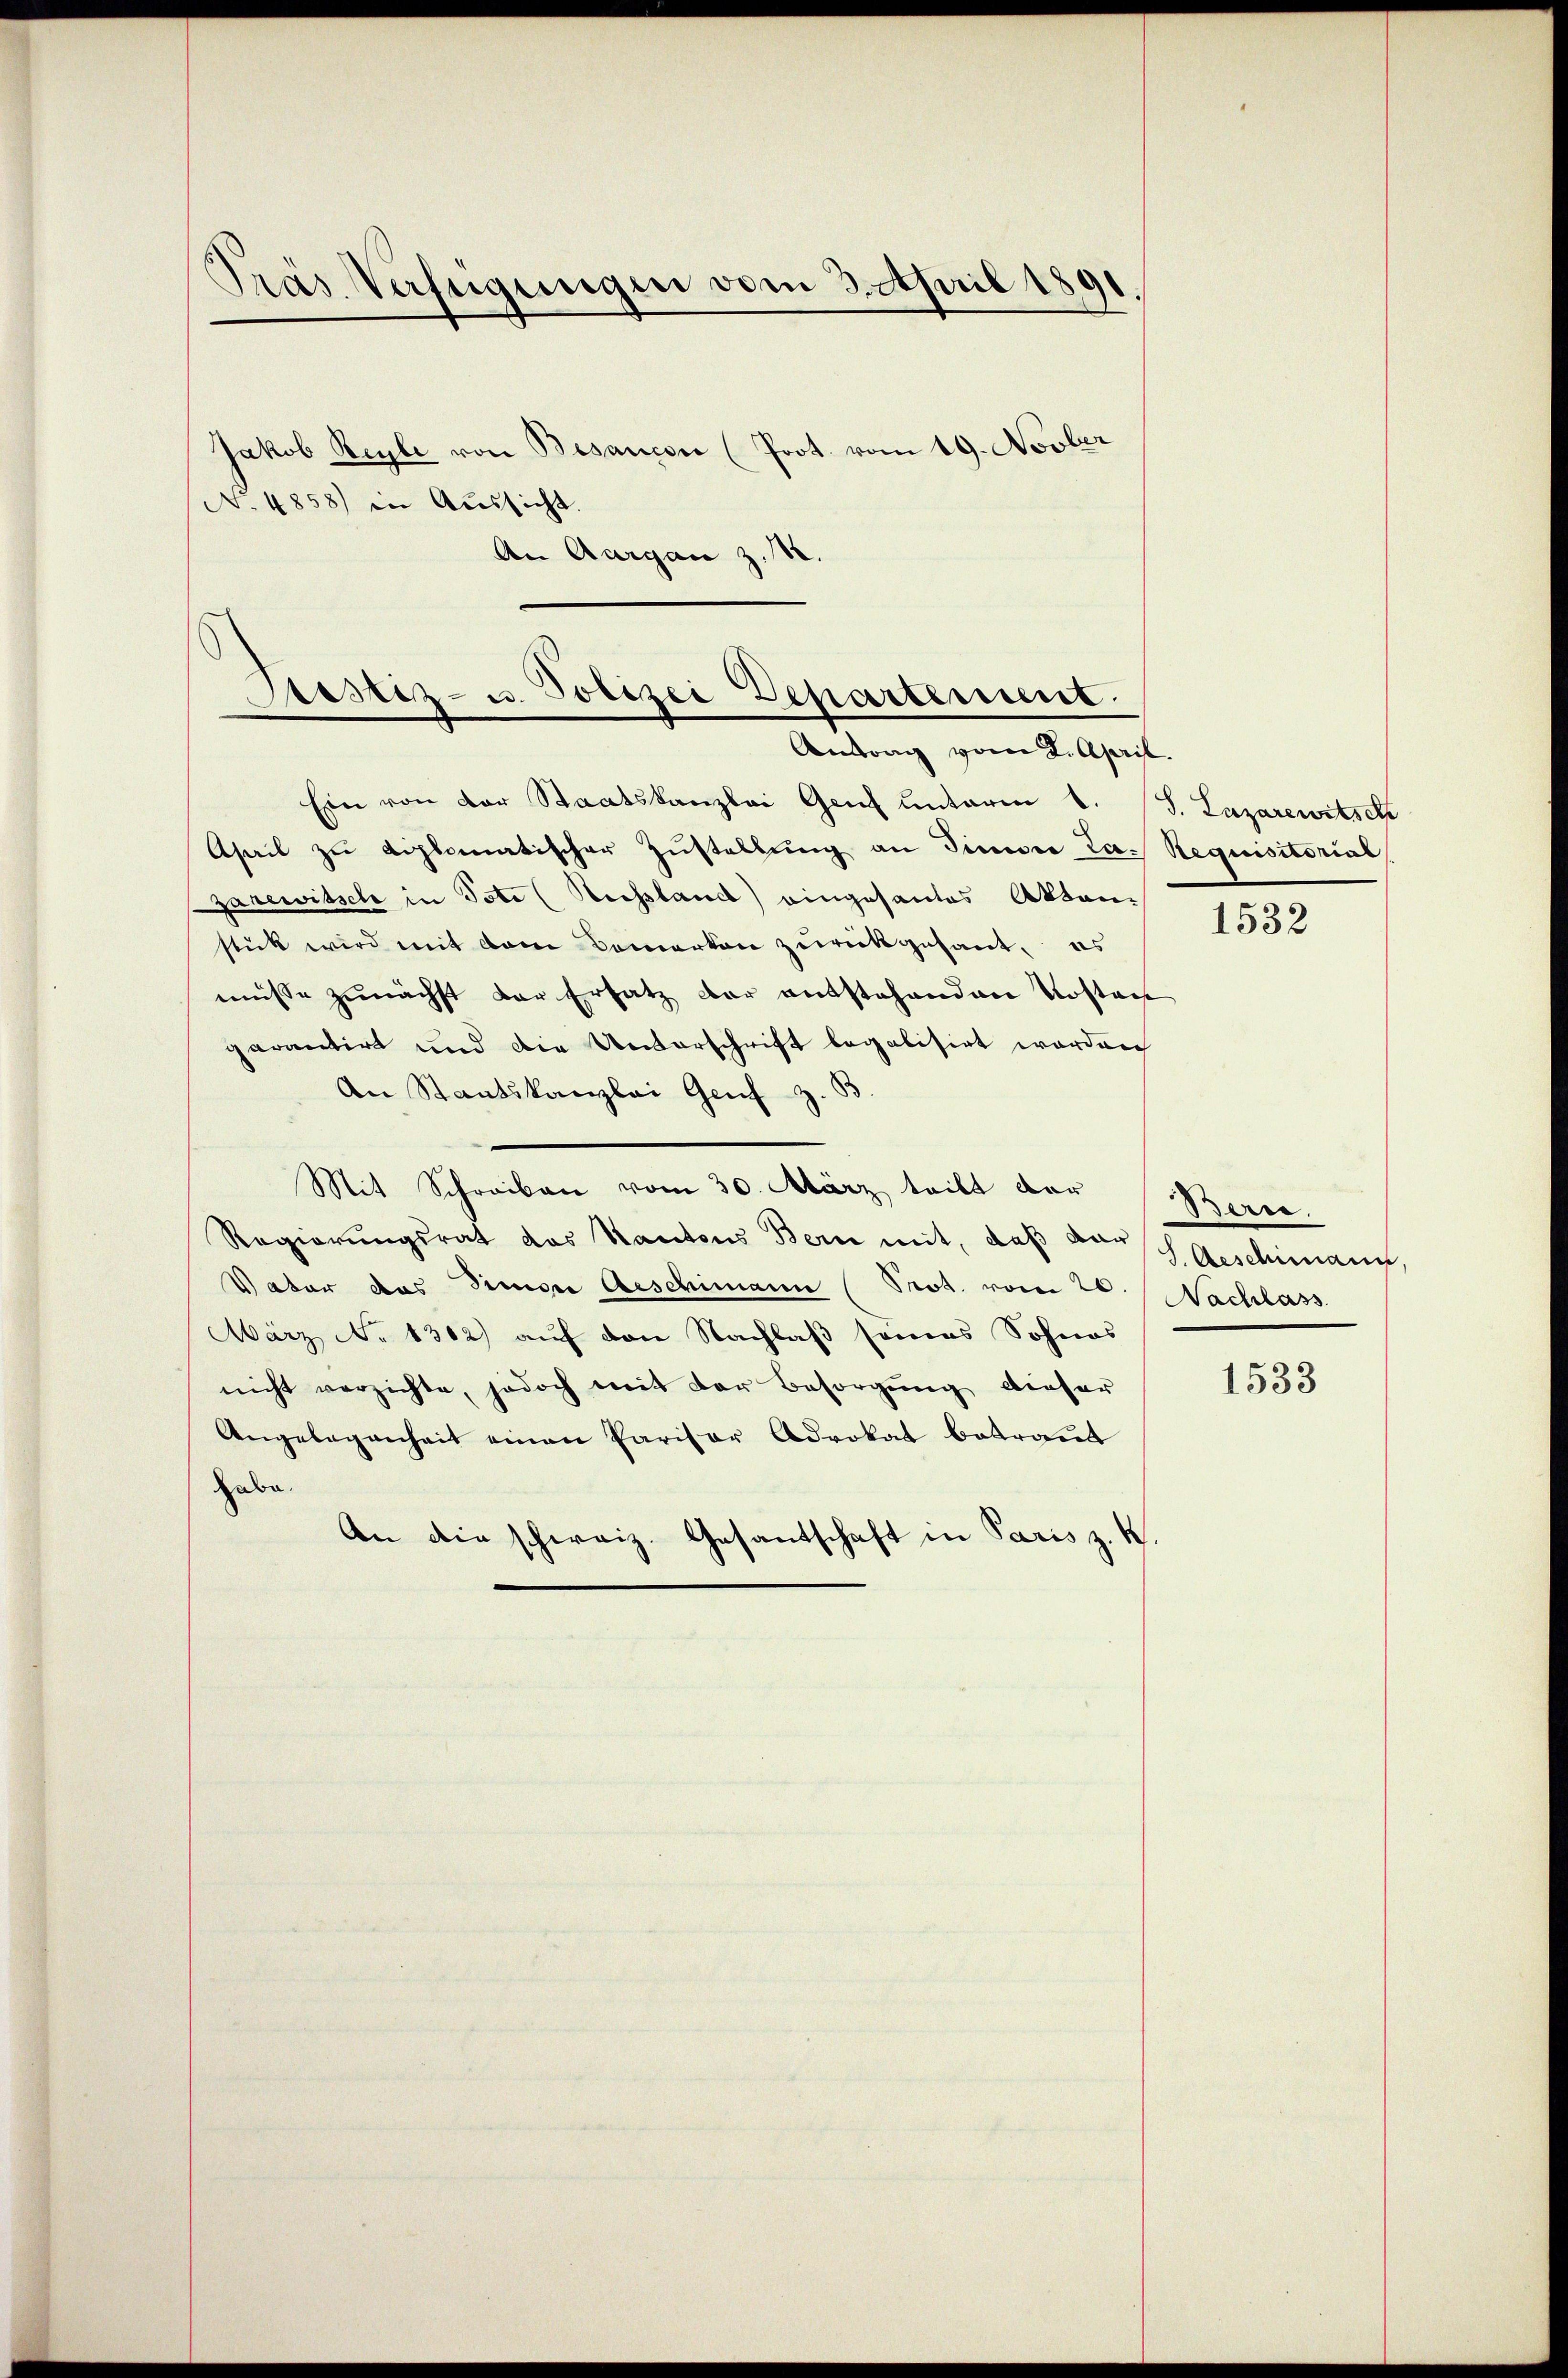
Präs. Verfügungen vom 3. April 1891
.

Jakob Reyle von Besancen (Prot. vom 19. Novber
No 4858) in Aŭssicht.
An Aargau z. B.

Bestiz- u. Polizei Departement.
Antrag vom 2. April.

Ein von der Staatskanzlei Genf unterm 6. S. Lazarewitsch
Aseil zu diplomatischer Zustellung an Sinner La- Requisitorial
Garewitsche in Tote (Sechsland) eingesantes Akten
stück wird mit dem Bemerken zurückgesant, es
müsse zunächst der Ersatz der entstehenden Kosten
garantirt und die Unterschrift legalisirt worden
An Staatskanzlei Genf.
x
Mit Schreiben vom 30. März teilt der
Regierungsrat des Kantons Bern mit, daß dar
Vater das Simon Aeschimann (Prot. vom 20. Nachlass
März No 1302) auf den Nachlaß seines Sohnes
nicht verzichte, jedoch mit der Besorgung dieser
Angelegenheit einen Pariser Advokat betraut
habe.
An die schweiz. Gesantschaft in Paris z. K.

1532

Bern.
J. Aeschimann,

1533